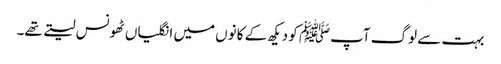
بہت سے لوگ آپﷺ کو دیکھ کے کانوں میں انگلیاں ٹھونس لیتے تھے۔